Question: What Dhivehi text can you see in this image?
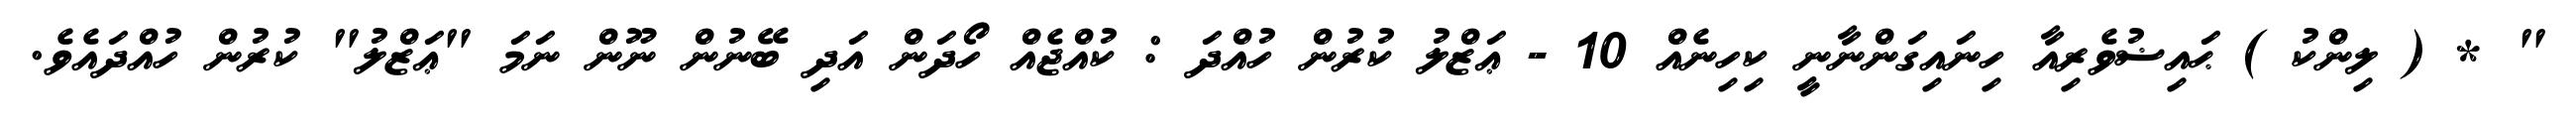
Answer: " * ( ލިންކު ) ޙައިޟުވެރިއާ ހިނައިގަންނާނީ ކިހިނެއް 10 - ޢަޒްލު ކުރުން ހުއްދަ : ކުއްޖެއް ހޯދަން އަދި ބޭނުން ނޫން ނަމަ "ޢަޒްލު" ކުރުން ހުއްދައެވެ.